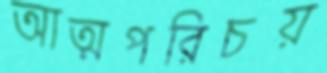
আত্মপরিচয়